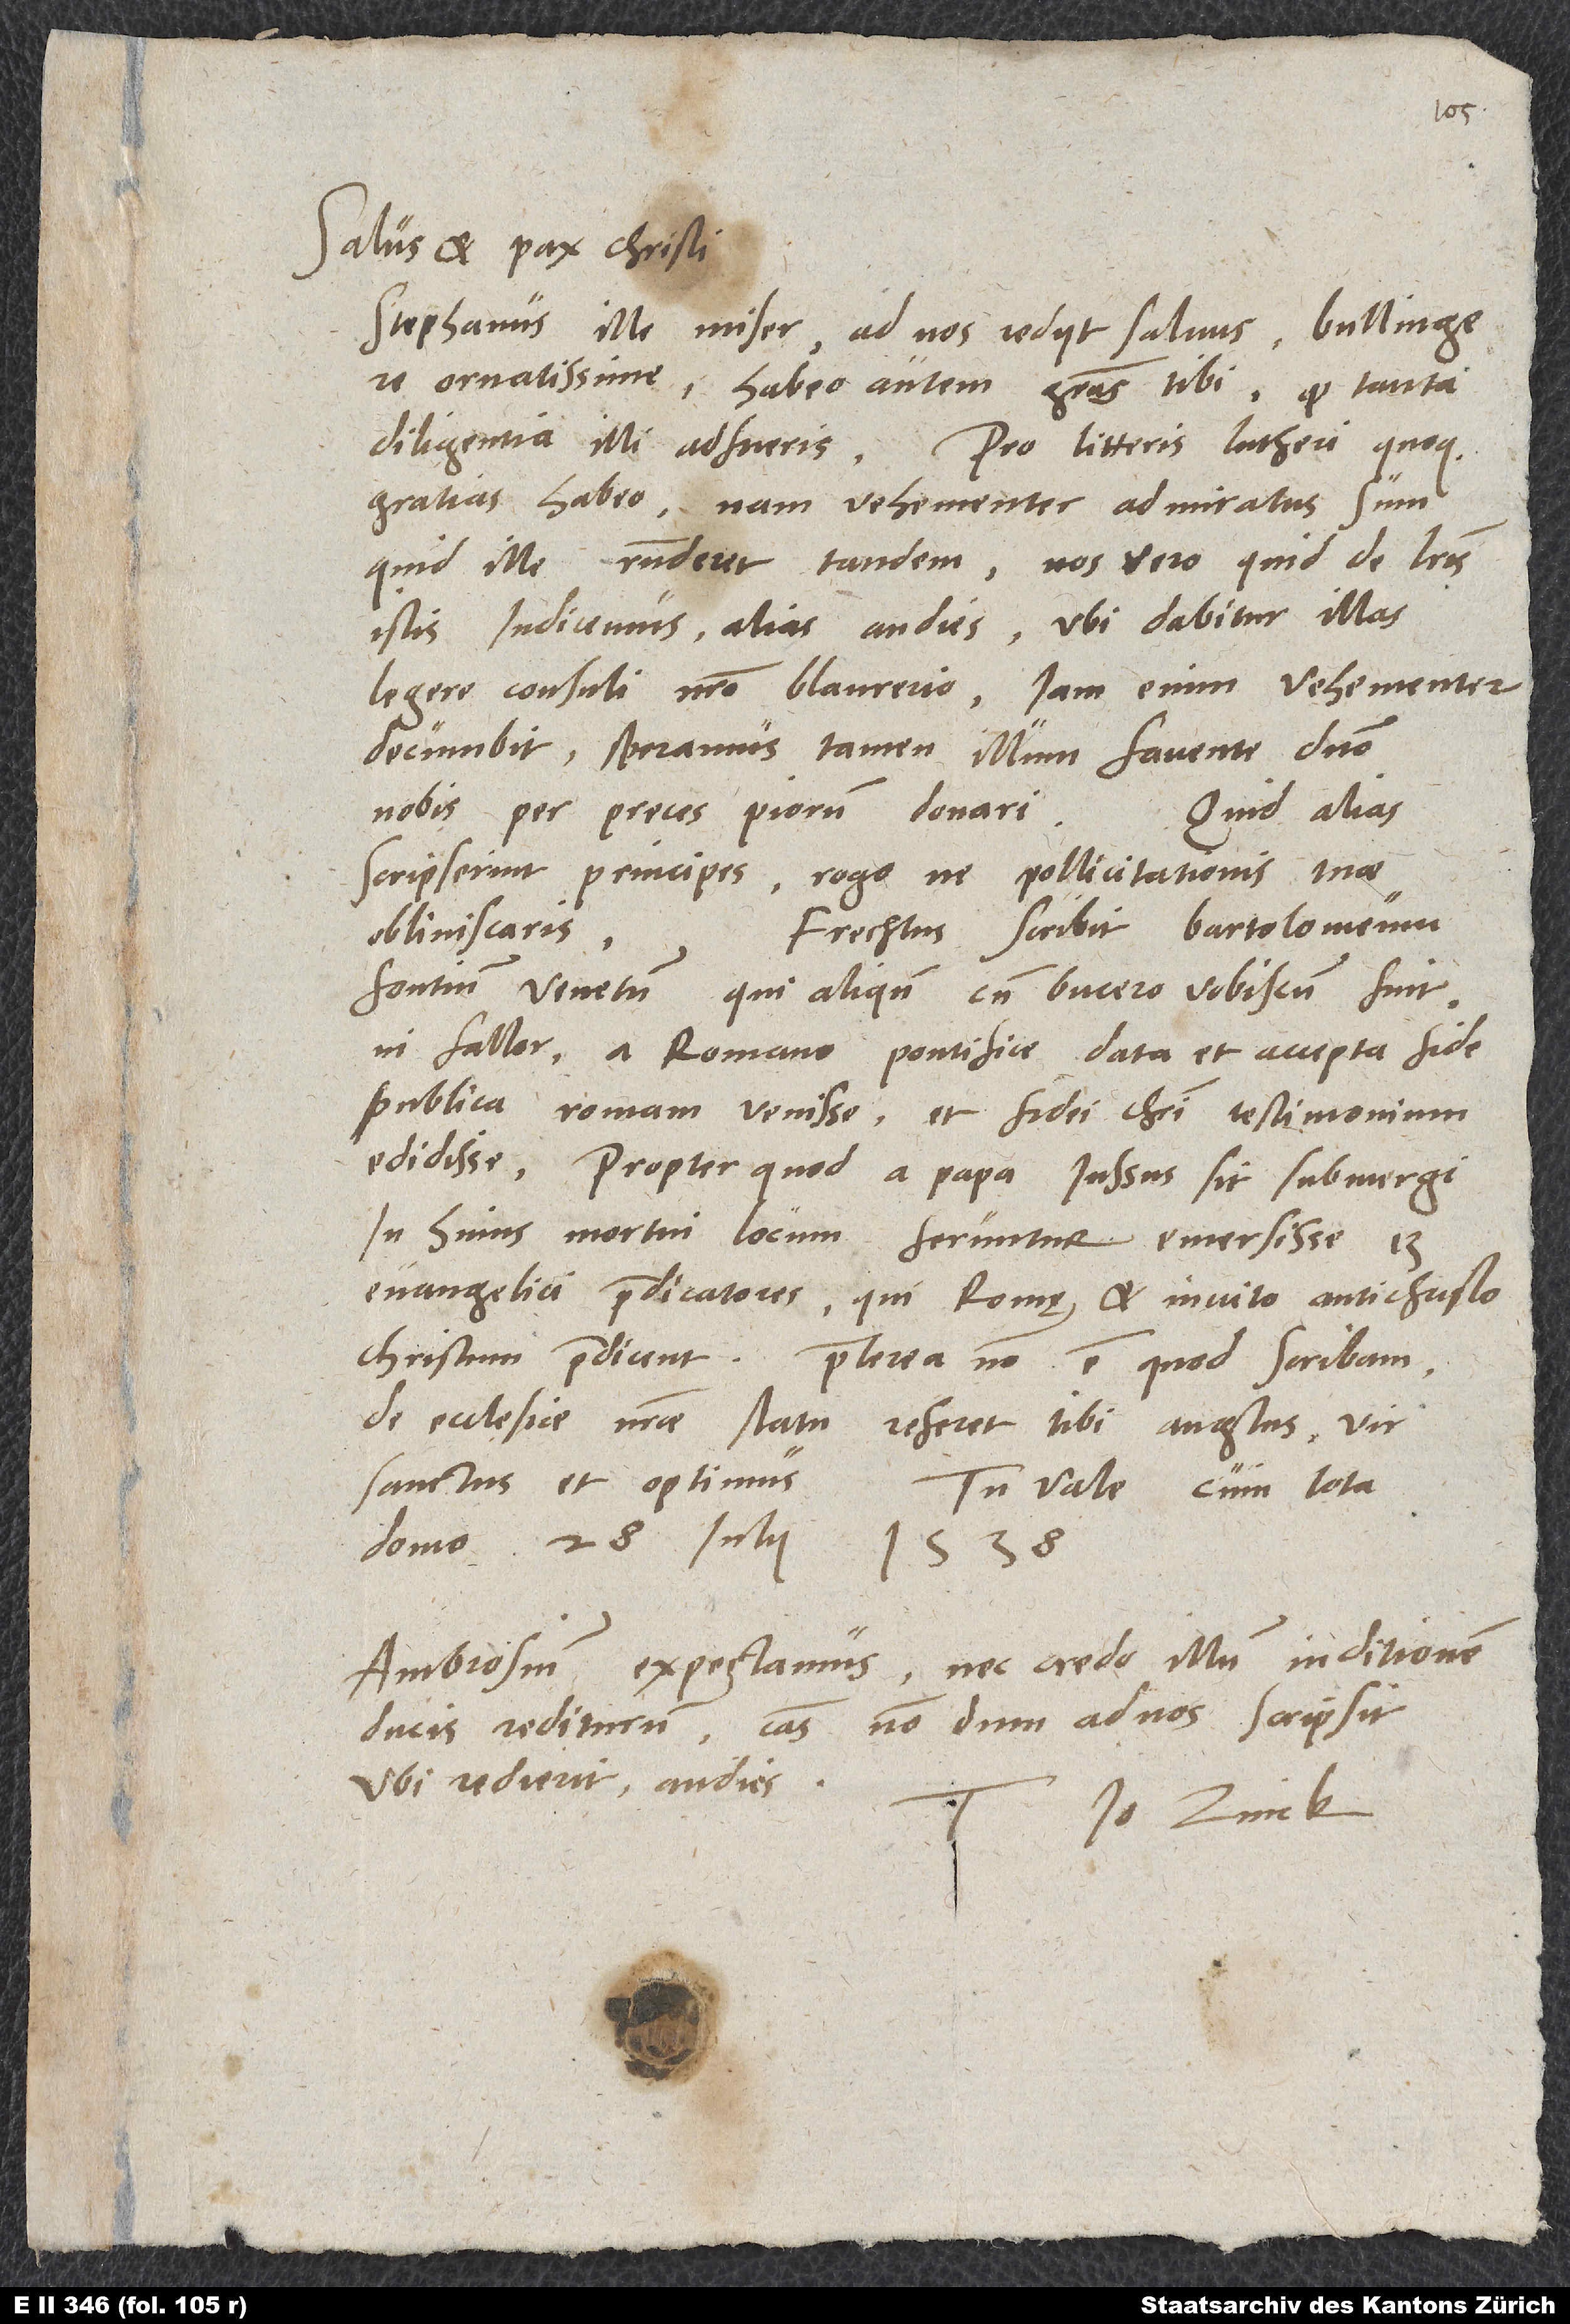
Salus et pax Christi.
Stephanus ille miser ad nos rediit salvus, Bullingere
ornatissime; habeo autem gratias tibi, quod tanta
gratias habeo; nam vehementer admiratus sum,
quid ille responderet tandem. Nos vero quid de literis
istis iudicemus, alias audies, ubi dabitur illas
legere consuli nostro Blaurerio; iam enim vehementer
decumbit. Speramus tamen illum favente domino
nobis per preces piorum donari.
Quid alias
scripserint principes, rogo, ne pollicitationis tuae
Frechtus scribit Bartolomeum
obliviscaris.
Fontium Venetum, qui aliquando cum Bucero vobiscum fuit,
ni fallor, a Romano pontifice data et accepta fide
publica Romam venisse et fidei Christi testimonium
edidisse, propter quod a papa iussus sit submergi.
In huius mortui locum feruntur emersisse 13
evangelici praedicatores, qui Romę et invito antichristo
De ecclesiae nostrae statu referet tibi Anglus, vir
sanctus et optimus.
Tu vale cum tota
domo. 28. iulii 1538.
Ambrosium expectamus, nec credo illum in ditionem
ducis rediturum. Causas nondum ad nos scripsit.
Ubi redierit, audies.
Io. Zvick.